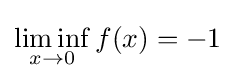
\liminf _{x\to 0}f(x)=-1